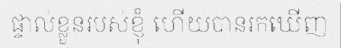
ផ្ទាល់ខ្លួនរបស់ខ្ញុំ ហើយបានរកឃើញ